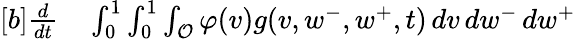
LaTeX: \begin{array}{r}{\begin{array}{rl}{[b]\frac{d}{dt}}&{{}\int_{0}^{1}\int_{0}^{1}\int_{\mathcal{O}}\varphi(v)g(v,w^{-},w^{+},t)\, dv\, dw^{-}\, dw^{+}}\end{array}}\end{array}